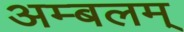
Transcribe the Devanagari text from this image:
अम्बलम्